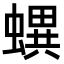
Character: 𧑌